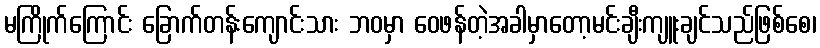
မကြိုက်ကြောင်း ခြောက်တန်းကျောင်းသား ဘဝမှာ ဝေဖန်တဲ့အခါမှာတော့မင်းချီးကျူးချင်သည်ဖြစ်စေ၊